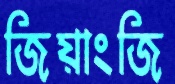
জিয়াংজি